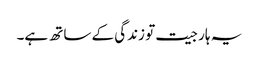
یہ ہار جیت تو زندگی کے ساتھ ہے۔